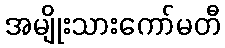
အမျိုးသားကော်မတီ